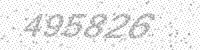
Solution: 495826